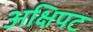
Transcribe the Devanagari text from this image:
अक्षिपट